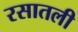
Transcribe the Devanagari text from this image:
रसातली